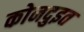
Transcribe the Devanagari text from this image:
कोनदुइत